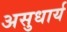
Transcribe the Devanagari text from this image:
असुधार्य